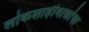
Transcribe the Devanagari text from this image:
लोकशाहीवाद्यांचा